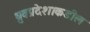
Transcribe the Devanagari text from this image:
ध्रुवप्रदेशाकडील